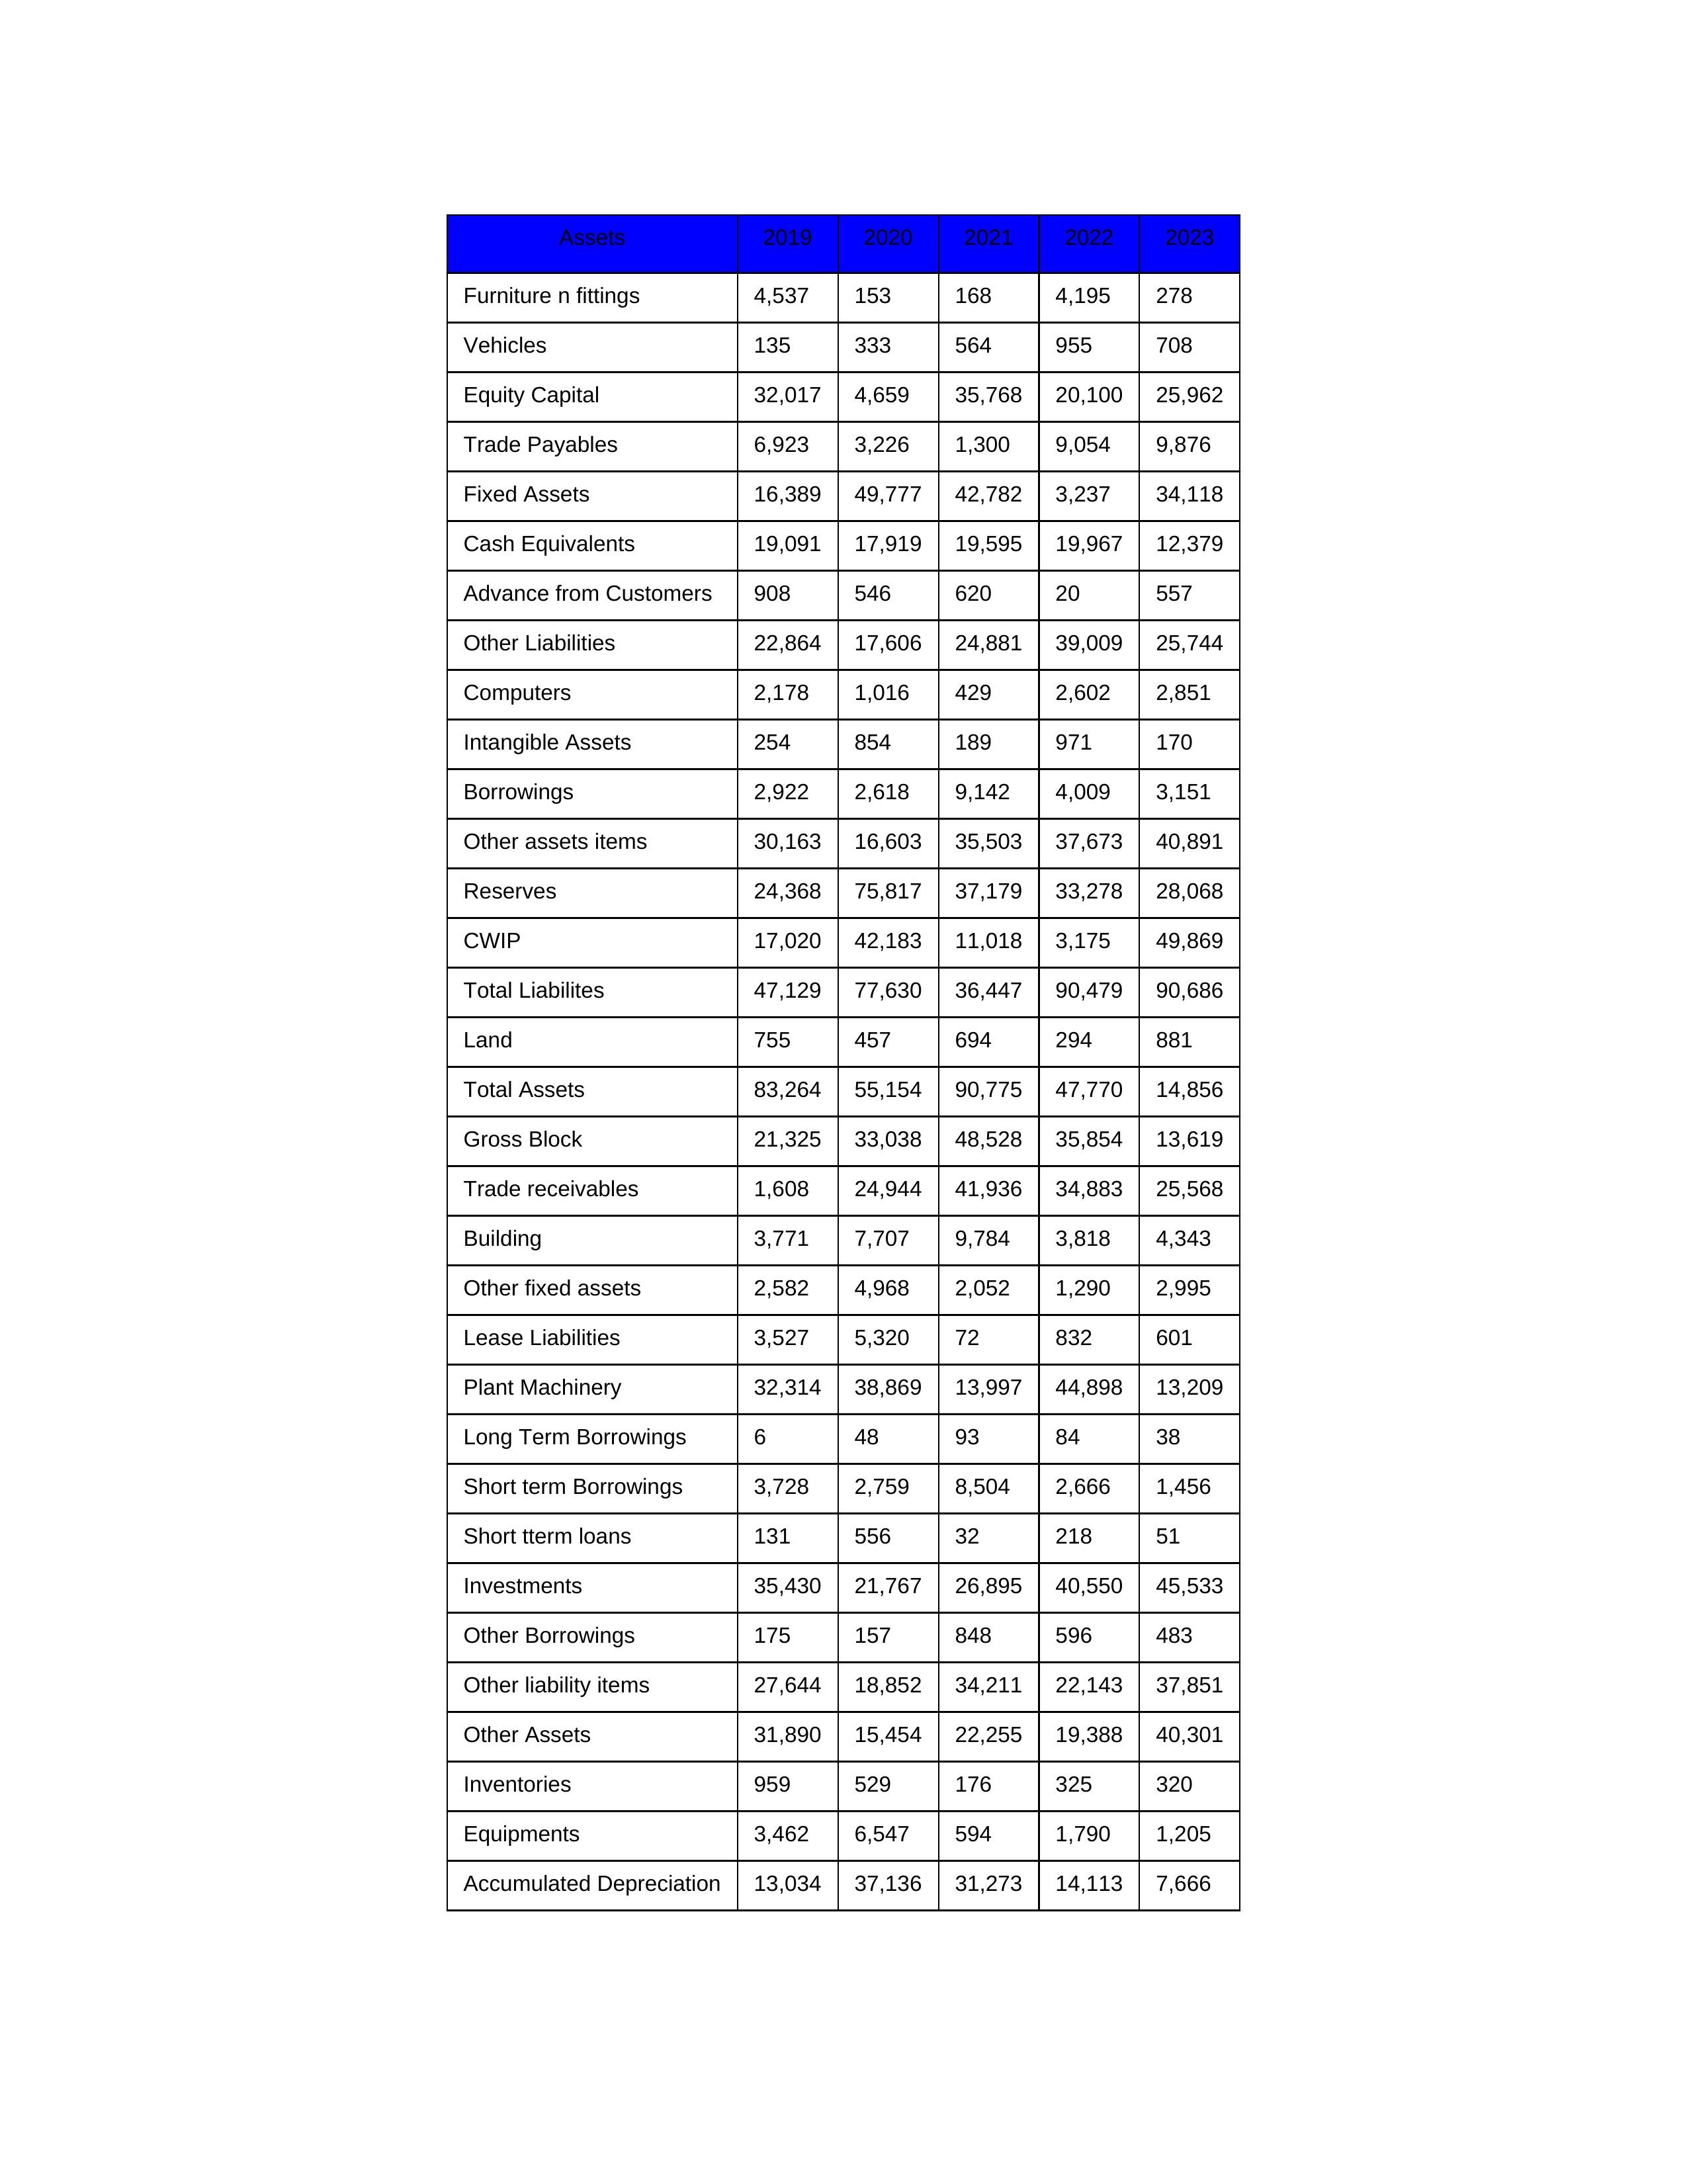
gt_parse: 2019: Equity Capital: 32,017
Reserves: 24,368
Borrowings: 2,922
Long Term Borrowings: 6
Short term Borrowings: 3,728
Lease Liabilities: 3,527
Other Borrowings: 175
Other Liabilities: 22,864
Trade Payables: 6,923
Advance from Customers: 908
Other liability items: 27,644
Total Liabilites: 47,129
Fixed Assets: 16,389
Land: 755
Building: 3,771
Plant Machinery: 32,314
Equipments: 3,462
Computers: 2,178
Furniture n fittings: 4,537
Vehicles: 135
Intangible Assets: 254
Other fixed assets: 2,582
Gross Block: 21,325
Accumulated Depreciation: 13,034
CWIP: 17,020
Investments: 35,430
Other Assets: 31,890
Inventories: 959
Trade receivables: 1,608
Cash Equivalents: 19,091
Short tterm loans: 131
Other assets items: 30,163
Total Assets: 83,264
2020: Equity Capital: 4,659
Reserves: 75,817
Borrowings: 2,618
Long Term Borrowings: 48
Short term Borrowings: 2,759
Lease Liabilities: 5,320
Other Borrowings: 157
Other Liabilities: 17,606
Trade Payables: 3,226
Advance from Customers: 546
Other liability items: 18,852
Total Liabilites: 77,630
Fixed Assets: 49,777
Land: 457
Building: 7,707
Plant Machinery: 38,869
Equipments: 6,547
Computers: 1,016
Furniture n fittings: 153
Vehicles: 333
Intangible Assets: 854
Other fixed assets: 4,968
Gross Block: 33,038
Accumulated Depreciation: 37,136
CWIP: 42,183
Investments: 21,767
Other Assets: 15,454
Inventories: 529
Trade receivables: 24,944
Cash Equivalents: 17,919
Short tterm loans: 556
Other assets items: 16,603
Total Assets: 55,154
2021: Equity Capital: 35,768
Reserves: 37,179
Borrowings: 9,142
Long Term Borrowings: 93
Short term Borrowings: 8,504
Lease Liabilities: 72
Other Borrowings: 848
Other Liabilities: 24,881
Trade Payables: 1,300
Advance from Customers: 620
Other liability items: 34,211
Total Liabilites: 36,447
Fixed Assets: 42,782
Land: 694
Building: 9,784
Plant Machinery: 13,997
Equipments: 594
Computers: 429
Furniture n fittings: 168
Vehicles: 564
Intangible Assets: 189
Other fixed assets: 2,052
Gross Block: 48,528
Accumulated Depreciation: 31,273
CWIP: 11,018
Investments: 26,895
Other Assets: 22,255
Inventories: 176
Trade receivables: 41,936
Cash Equivalents: 19,595
Short tterm loans: 32
Other assets items: 35,503
Total Assets: 90,775
2022: Equity Capital: 20,100
Reserves: 33,278
Borrowings: 4,009
Long Term Borrowings: 84
Short term Borrowings: 2,666
Lease Liabilities: 832
Other Borrowings: 596
Other Liabilities: 39,009
Trade Payables: 9,054
Advance from Customers: 20
Other liability items: 22,143
Total Liabilites: 90,479
Fixed Assets: 3,237
Land: 294
Building: 3,818
Plant Machinery: 44,898
Equipments: 1,790
Computers: 2,602
Furniture n fittings: 4,195
Vehicles: 955
Intangible Assets: 971
Other fixed assets: 1,290
Gross Block: 35,854
Accumulated Depreciation: 14,113
CWIP: 3,175
Investments: 40,550
Other Assets: 19,388
Inventories: 325
Trade receivables: 34,883
Cash Equivalents: 19,967
Short tterm loans: 218
Other assets items: 37,673
Total Assets: 47,770
2023: Equity Capital: 25,962
Reserves: 28,068
Borrowings: 3,151
Long Term Borrowings: 38
Short term Borrowings: 1,456
Lease Liabilities: 601
Other Borrowings: 483
Other Liabilities: 25,744
Trade Payables: 9,876
Advance from Customers: 557
Other liability items: 37,851
Total Liabilites: 90,686
Fixed Assets: 34,118
Land: 881
Building: 4,343
Plant Machinery: 13,209
Equipments: 1,205
Computers: 2,851
Furniture n fittings: 278
Vehicles: 708
Intangible Assets: 170
Other fixed assets: 2,995
Gross Block: 13,619
Accumulated Depreciation: 7,666
CWIP: 49,869
Investments: 45,533
Other Assets: 40,301
Inventories: 320
Trade receivables: 25,568
Cash Equivalents: 12,379
Short tterm loans: 51
Other assets items: 40,891
Total Assets: 14,856